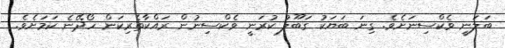
ބަލަނީ ވެކްސިނަށެވެ. ގިނަ ބަޔަކު ގަބޫލު ކުރަނީ ވެކްސިނުން ރައްކާތެރިކަން ހޯދޭނެ ކަމަށެވެ.